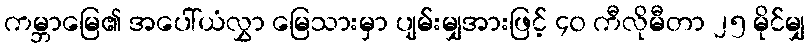
ကမ္ဘာမြေ၏ အပေါ်ယံလွှာ မြေသားမှာ ပျမ်းမျှအားဖြင့် ၄၀ ကီလိုမီတာ ၂၅ မိုင်မျှ